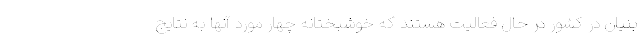
بنیان در کشور در حال فعالیت هستند که خوشبختانه چهار مورد آنها به نتایج